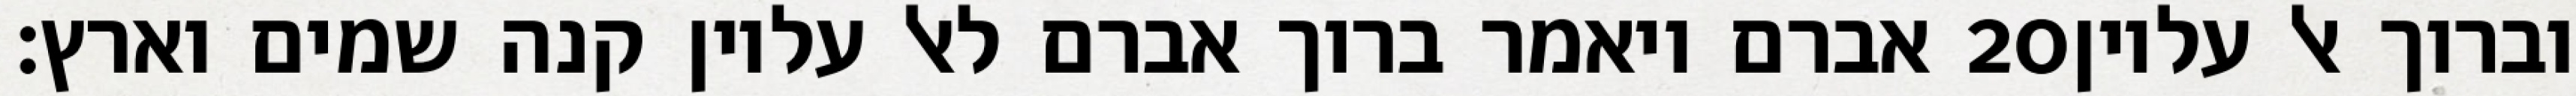
אברם ויאמר ברוך אברם לאל עליון קנה שמים וארץ׃ ‎20‏ וברוך אל עליון